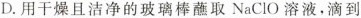
D.用干燥且洁净的玻璃棒蘸取NaClO溶液，滴到